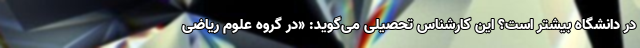
در دانشگاه بیشتر است؟ این کارشناس تحصیلی می‌گوید: «در گروه علوم ریاضی